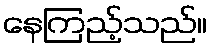
နေကြည့်သည်။